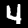
Digit: 4